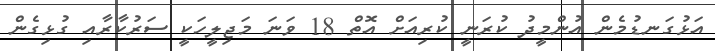
އަޅުގަނޑުމެން އުންމީދު ކުރަނީ ކުރިއަށް އޮތް 18 ވަނަ މަޖިލީހަކީ ސަރުކާރާއި ގުޅިގެން